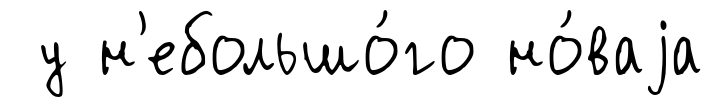
у н'ебольшо́го но́ваjа